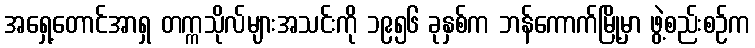
အရှေ့တောင်အာရှ တက္ကသိုလ်များအသင်းကို ၁၉၅၆ ခုနှစ်က ဘန်ကောက်မြို့မှာ ဖွဲ့စည်းစဉ်က